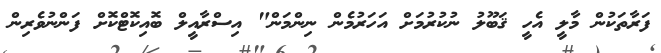
ފަރާތަކުން މާލީ އެހީ ޤަބޫލު ނުކުރުމަށް އަހަރުމެން ނިންމަން" އިސްރާއީލް ބޮއިކޮޓްކޮށް ފަންނުވެރިން